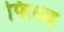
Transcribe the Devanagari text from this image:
फिब्स